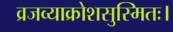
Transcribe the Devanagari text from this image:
व्रजव्याक्रोशसुस्मितः।